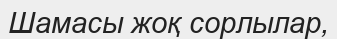
Шамасы жоқ сорлылар,